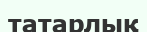
татарлық